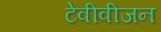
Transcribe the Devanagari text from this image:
टेवीवीजन